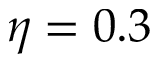
\eta = 0 . 3